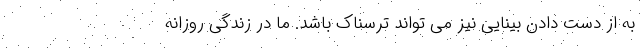
به از دست دادن بینایی نیز می تواند ترسناک باشد. ما در زندگی روزانه